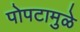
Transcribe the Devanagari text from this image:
पोपटामुळे